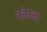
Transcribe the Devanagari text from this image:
कोरजा